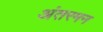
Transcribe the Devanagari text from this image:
अंतरमन